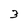
Character: 3